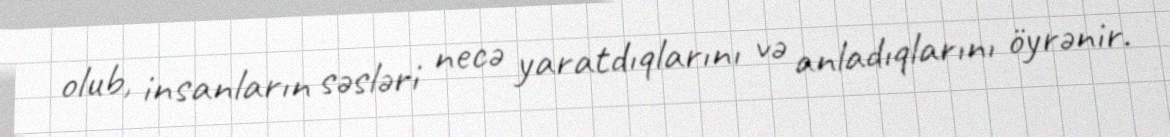
olub, insanların səsləri necə yaratdıqlarını və anladıqlarını öyrənir.